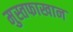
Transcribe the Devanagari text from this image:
मुस्तफाखान